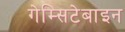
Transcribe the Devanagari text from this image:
गेम्सिटेबाइन